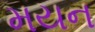
મયન